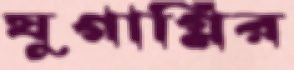
যুগাগ্নির